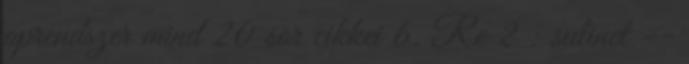
oprendszer mind 20 sor cikkei 6. Re 2 : sulinet --